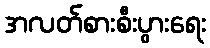
အလတ်စားစီးပွားရေး